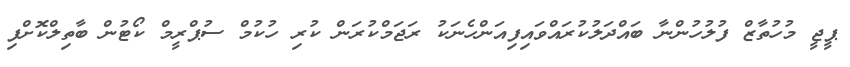
ޕީޖީ މުހުތާޒް ފުލުހުންނާ ބައްދަލުކުރައްވައިފިއަންހެނަކު ރަޖަމްކުރަން ކުރި ހުކުމް ސުޕްރީމް ކޯޓުން ބާތިލްކޮށްފި